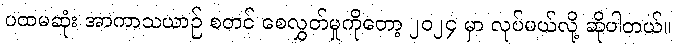
ပထမဆုံး အာကာသယာဉ် စတင် စေလွှတ်မှုကိုတော့ ၂၀၂၄ မှာ လုပ်မယ်လို့ ဆိုပါတယ်။